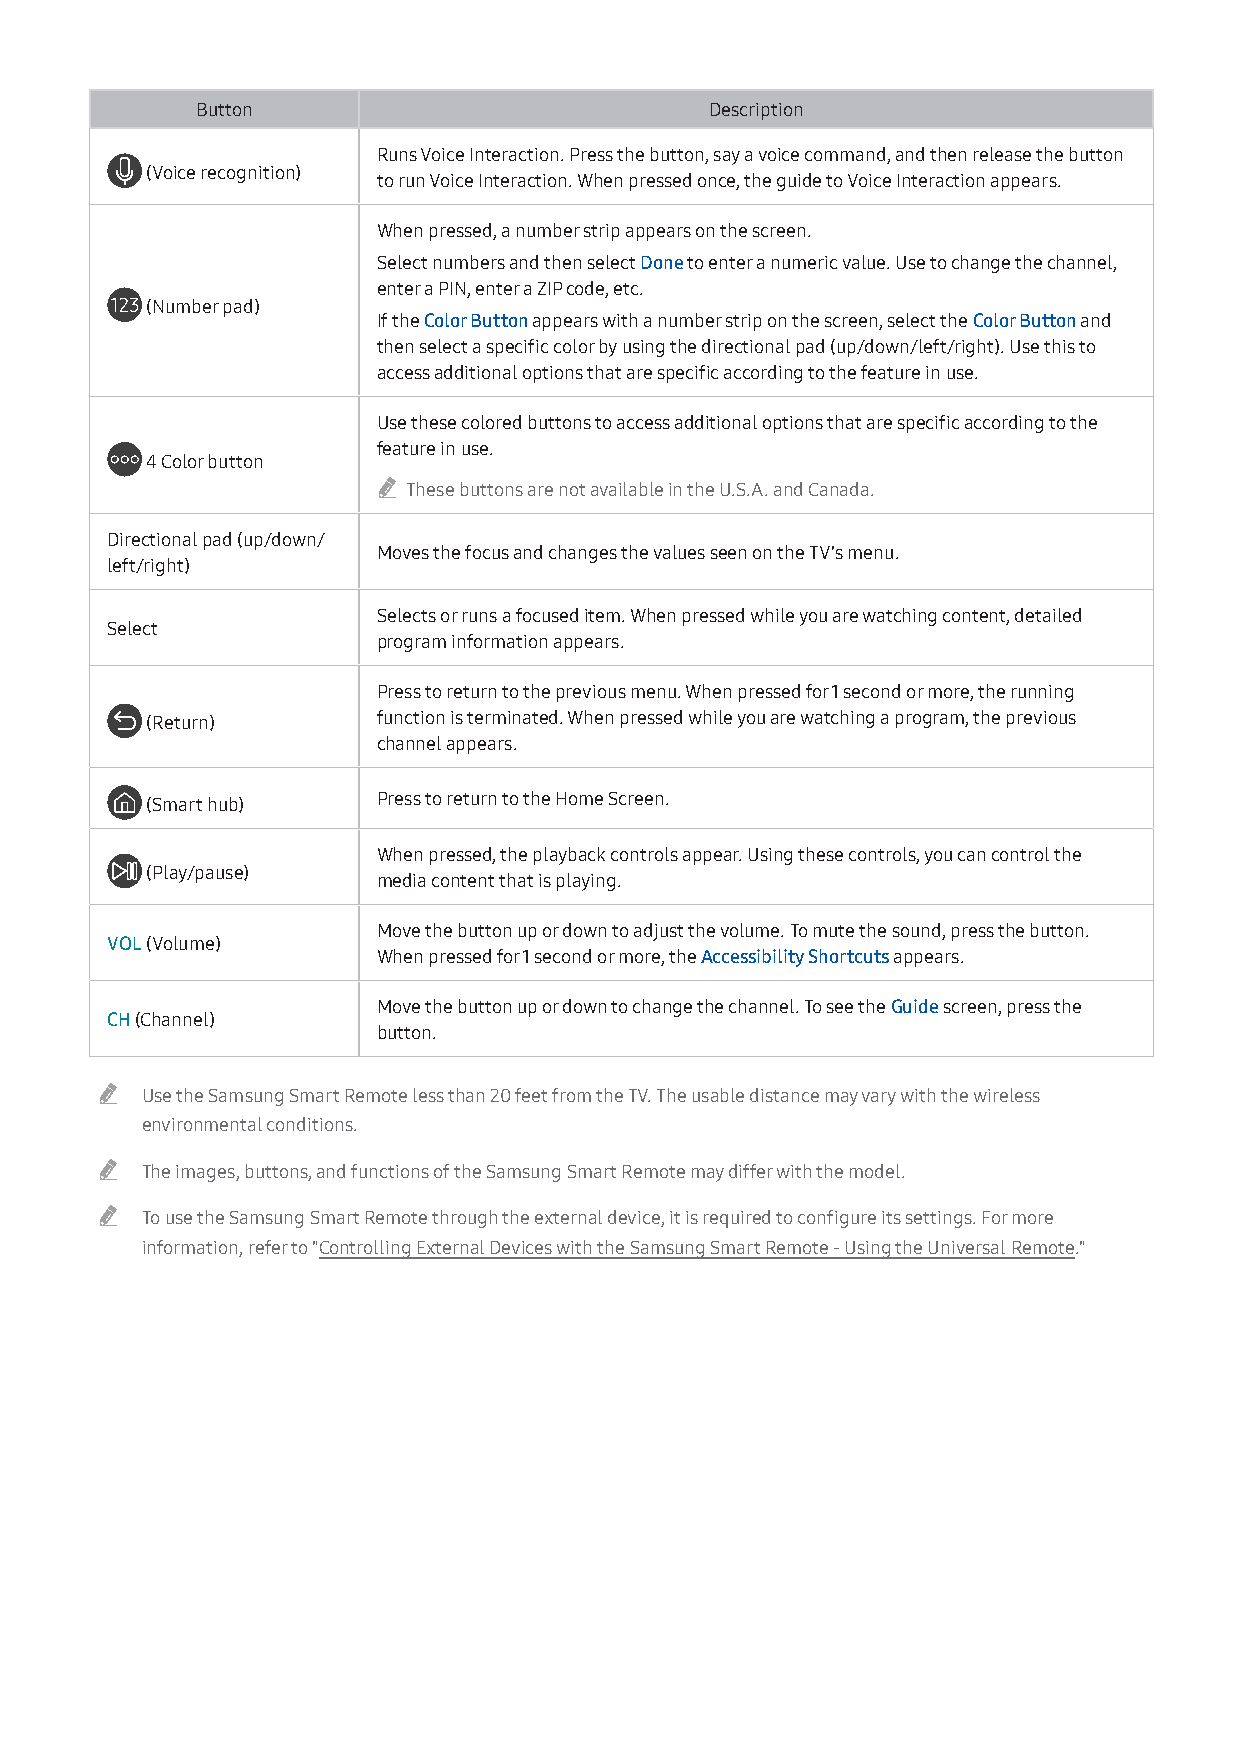
18
 Button                            Description
 Runs Voice Interaction. Press the button, say a voice command, and then release the button
 (Voice recognition)
 to run Voice Interaction. When pressed once, the guide to Voice Interaction appears.
 When pressed, a number strip appears on the screen.
 Select numbers and then select Done to enter a numeric value. Use to change the channel,
 enter a PIN, enter a ZIP code, etc.
 (Number pad)
 If the Color Button appears with a number strip on the screen, select the Color Button and
 then select a specific color by using the directional pad (up/down/left/right). Use this to
 access additional options that are specific according to the feature in use.
 Use these colored buttons to access additional options that are specific according to the
 feature in use.
 4 Color button
 " These buttons are not available in the U.S.A. and Canada.
 Directional pad (up/down/
 Moves the focus and changes the values seen on the TV's menu.
 left/right)
 Selects or runs a focused item. When pressed while you are watching content, detailed
 Select
 program information appears.
 Press to return to the previous menu. When pressed for 1 second or more, the running
 (Return)       function is terminated. When pressed while you are watching a program, the previous
 channel appears.
 (Smart hub)    Press to return to the Home Screen.
 When pressed, the playback controls appear. Using these controls, you can control the
 (Play/pause)
 media content that is playing.
 Move the button up or down to adjust the volume. To mute the sound, press the button.
 VOL (Volume)
 When pressed for 1 second or more, the Accessibility Shortcuts appears.
 Move the button up or down to change the channel. To see the Guide screen, press the
 CH (Channel)
 button.
 "  Use the Samsung Smart Remote less than 20 feet from the TV. The usable distance may vary with the wireless
 environmental conditions.
 "  The images, buttons, and functions of the Samsung Smart Remote may differ with the model.
 "  To use the Samsung Smart Remote through the external device, it is required to configure its settings. For more
 information, refer to "Controlling External Devices with the Samsung Smart Remote - Using the Universal Remote."